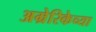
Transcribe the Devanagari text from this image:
अम्रेरिकेच्या